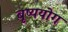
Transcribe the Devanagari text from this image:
बृष्ययोग